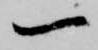
一